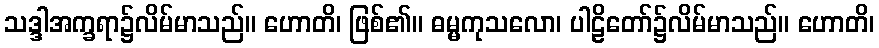
သဒ္ဒါအက္ခရာ၌လိမ်မာသည်။ ဟောတိ၊ ဖြစ်၏။ ဓမ္မကုသလော၊ ပါဠိတော်၌လိမ်မာသည်။ ဟောတိ၊